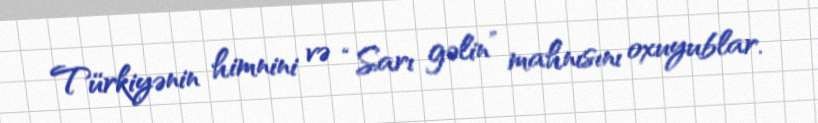
Türkiyənin himnini və “Sarı gəlin” mahnısını oxuyublar.